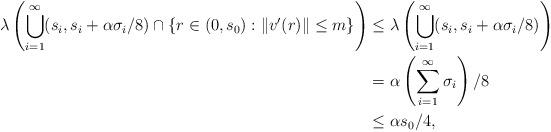
LaTeX: \begin{align*}\lambda\left( \bigcup_{i=1}^{\infty} (s_i, s_i + \alpha \sigma_i / 8) \cap \{ r \in (0, s_0) : \|v'(r)\| \leq m\} \right)& \leq \lambda \left( \bigcup_{i=1}^{\infty} (s_i, s_i + \alpha \sigma_i/8) \right) \\& = \alpha \left(\sum_{i=1}^{\infty} \sigma_i\right)/8 \\& \leq \alpha s_0 /4,\end{align*}